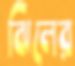
ঝিলের